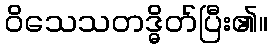
ဝိသေသတဒ္ဓိတ်ပြီး၏။